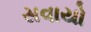
સવાયો